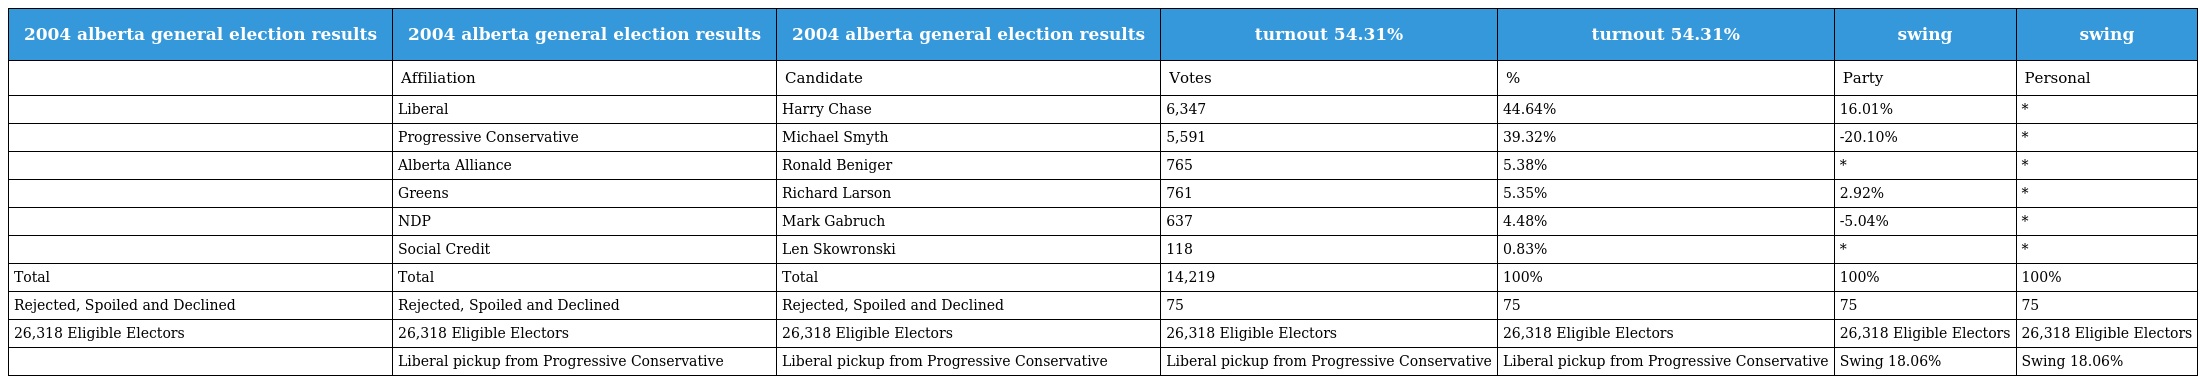
| 2004 alberta general election results | 2004 alberta general election results | 2004 alberta general election results | turnout 54.31% | turnout 54.31% | swing | swing |
 | --- | --- | --- | --- | --- | --- | --- |
 |  | Affiliation | Candidate | Votes | % | Party | Personal |
 |  | Liberal | Harry Chase | 6,347 | 44.64% | 16.01% | * |
 |  | Progressive Conservative | Michael Smyth | 5,591 | 39.32% | -20.10% | * |
 |  | Alberta Alliance | Ronald Beniger | 765 | 5.38% | * | * |
 |  | Greens | Richard Larson | 761 | 5.35% | 2.92% | * |
 |  | NDP | Mark Gabruch | 637 | 4.48% | -5.04% | * |
 |  | Social Credit | Len Skowronski | 118 | 0.83% | * | * |
 | Total | Total | Total | 14,219 | 100% | 100% | 100% |
 | Rejected, Spoiled and Declined | Rejected, Spoiled and Declined | Rejected, Spoiled and Declined | 75 | 75 | 75 | 75 |
 | 26,318 Eligible Electors | 26,318 Eligible Electors | 26,318 Eligible Electors | 26,318 Eligible Electors | 26,318 Eligible Electors | 26,318 Eligible Electors | 26,318 Eligible Electors |
 |  | Liberal pickup from Progressive Conservative | Liberal pickup from Progressive Conservative | Liberal pickup from Progressive Conservative | Liberal pickup from Progressive Conservative | Swing 18.06% | Swing 18.06% |